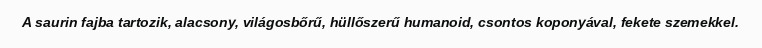
A saurin fajba tartozik, alacsony, világosbőrű, hüllőszerű humanoid, csontos koponyával, fekete szemekkel.